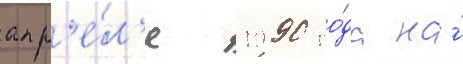
апр'е́л'е 1990 го́да на́